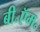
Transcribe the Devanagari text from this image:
बी॰ऍम॰